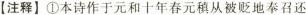
【注释】①本诗作于元和十年春元稹从被贬地奉召还